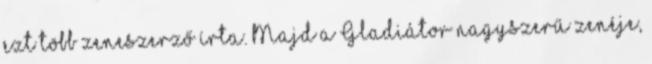
ezt több zeneszerző írta. Majd a Gladiátor nagyszerű zenéje,